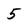
Character: 5